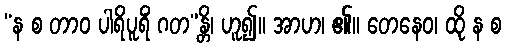
“န စ တာဝ ပါရိပူရိံ ဂတ”န္တိ၊ ဟူ၍။ အာဟ၊ ၏။ တေနေဝ၊ ထို န စ